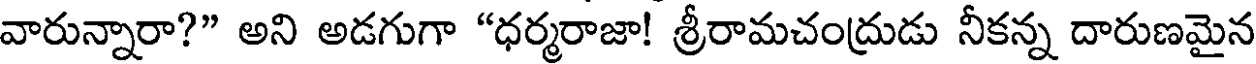
వారున్నారా?" అని అడగుగా "ధర్మరాజా! శ్రీరామచంద్రుడు నీకన్న దారుణమైన